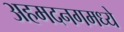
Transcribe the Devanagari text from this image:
अहमदनगमध्ये